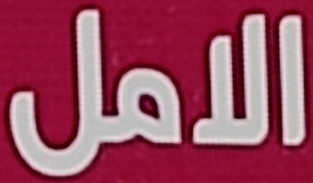
الامل